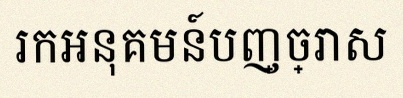
រកអនុគមន៍បញ្ច្រាស